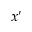
x ^ { \prime }